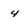
Character: 4